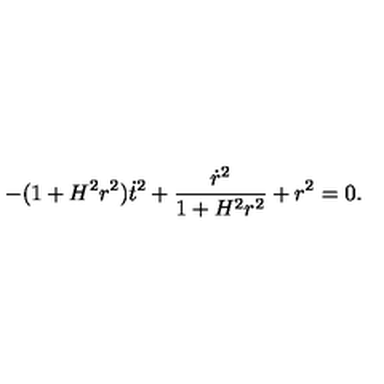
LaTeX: - ( 1 + H ^ { 2 } r ^ { 2 } ) \dot { t } ^ { 2 } + \frac { \dot { r } ^ { 2 } } { 1 + H ^ { 2 } r ^ { 2 } } + r ^ { 2 } = 0 .